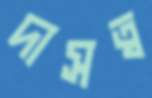
দাসত্ব